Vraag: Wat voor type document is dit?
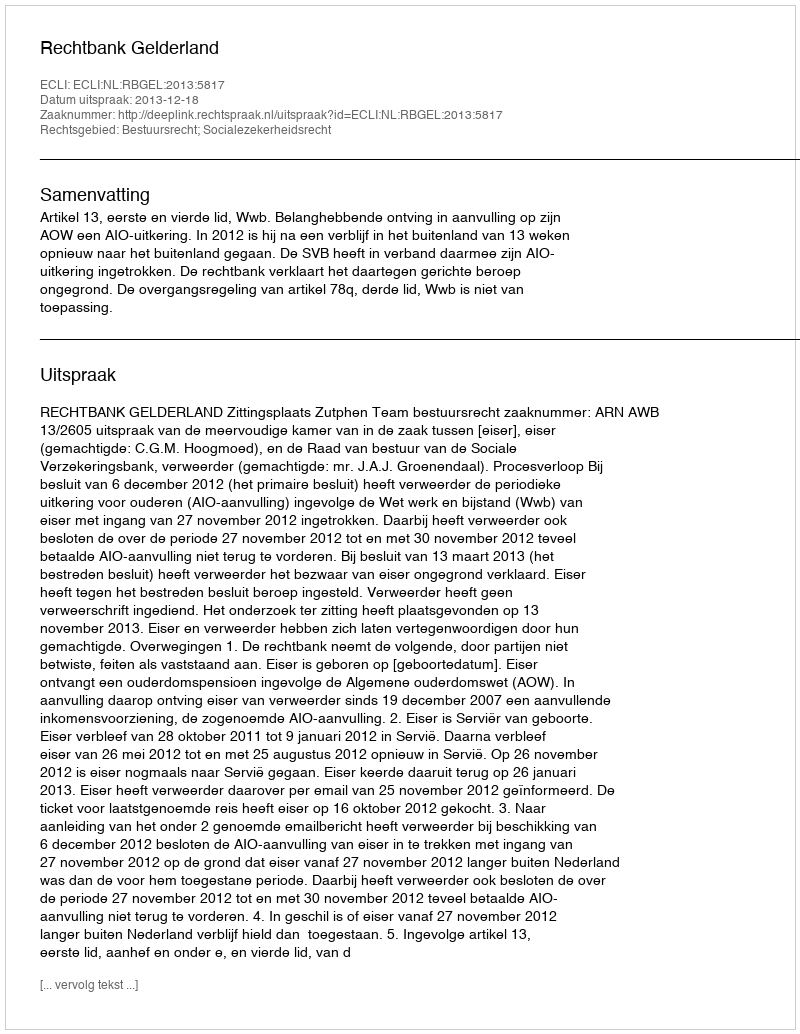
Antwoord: Uitspraak